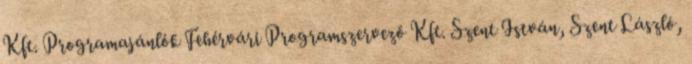
Kft. Programajánlók Fehérvári Programszervező Kft. Szent István, Szent László,